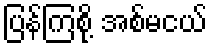
ပြန်ကြစို့ အစ်မငယ်